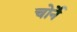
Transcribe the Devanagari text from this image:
चोर्ने